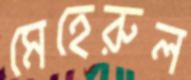
মেহেরুল